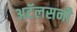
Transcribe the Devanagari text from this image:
अटॅलसनी